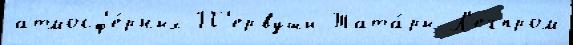
атмосф'е́рных П'ервуши Тата́ры Л'егпром